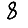
Digit: 8